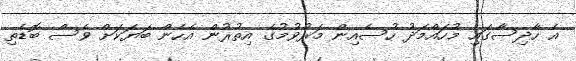
އެ ހާދިސާގައި މުހައްމަދު ހުސެއިން މަރުވުމުގެ އިތުރުން އެހެން ބަޔަކަށް ވެސް ބޮޑެތި